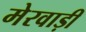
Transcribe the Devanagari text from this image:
मेरवाड़ी